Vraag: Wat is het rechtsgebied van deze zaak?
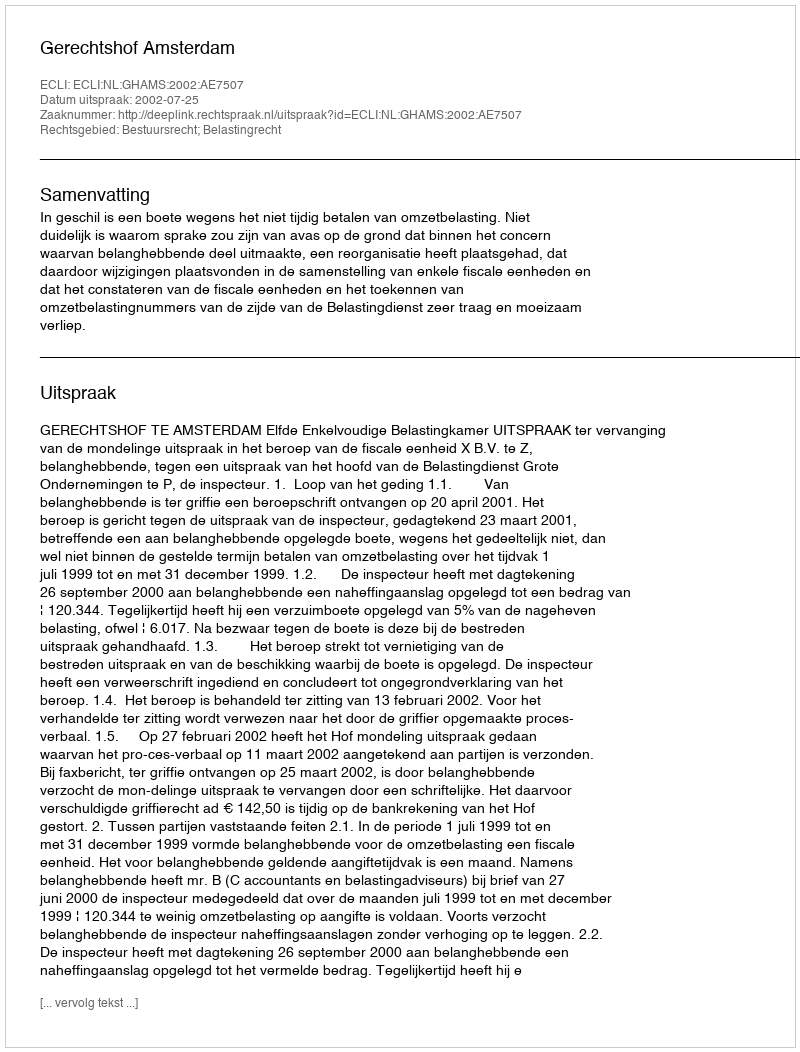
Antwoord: Bestuursrecht; Belastingrecht